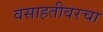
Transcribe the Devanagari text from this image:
वसाहतीवरचा